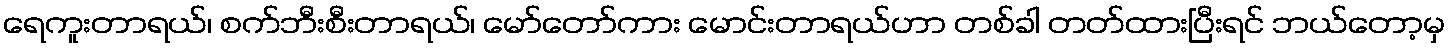
ရေကူးတာရယ်၊ စက်ဘီးစီးတာရယ်၊ မော်တော်ကား မောင်းတာရယ်ဟာ တစ်ခါ တတ်ထားပြီးရင် ဘယ်တော့မှ